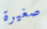
صغيرة